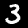
Label: 3